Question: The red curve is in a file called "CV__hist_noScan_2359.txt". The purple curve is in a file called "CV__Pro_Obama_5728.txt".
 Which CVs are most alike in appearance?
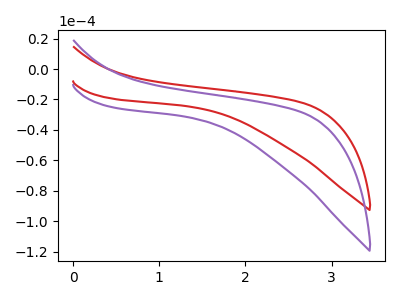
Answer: <think>The red curve "hist" has no peaks. The purple curve "Pro" has no peaks.
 Neither "hist" or "Pro" have any peaks.</think>
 <answer>"hist" and "Pro" have the same shape and are likely CV's of the same chemical.</answer>
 <eval>"hist" "Pro"</eval>